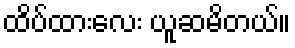
ထိပ်ထားလေး ယူဆမိတယ်။